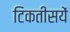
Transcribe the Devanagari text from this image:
टिकतीसयें